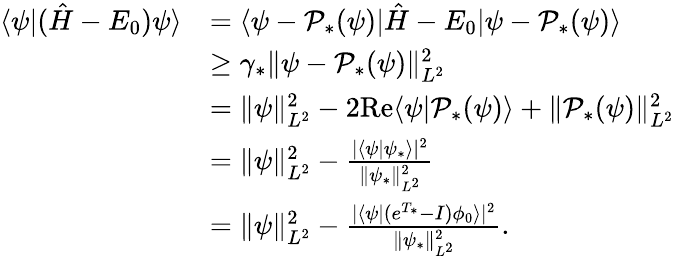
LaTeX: \begin{array}{rl}{\langle\psi|(\hat{H}-E_{0})\psi\rangle}&{=\langle\psi-\mathcal{P}_{*}(\psi)|\hat{H}-E_{0}|\psi-\mathcal{P}_{*}(\psi)\rangle}\\ &{\geq\gamma_{*}\Vert\psi-\mathcal{P}_{*}(\psi)\Vert_{L^{2}}^{2}}\\ &{=\Vert\psi\Vert_{L^{2}}^{2}-2\mathrm{Re}\langle\psi|\mathcal{P}_{*}(\psi)\rangle+\Vert\mathcal{P}_{*}(\psi)\Vert_{L^{2}}^{2}}\\ &{=\Vert\psi\Vert_{L^{2}}^{2}-\frac{\vert\langle\psi|\psi_{*}\rangle\vert^{2}}{\Vert\psi_{*}\Vert_{L^{2}}^{2}}}\\ &{=\Vert\psi\Vert_{L^{2}}^{2}-\frac{\vert\langle\psi|(e^{T_{*}}-I)\phi_{0}\rangle\vert^{2}}{\Vert\psi_{*}\Vert_{L^{2}}^{2}}.}\end{array}